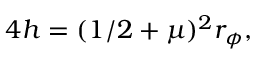
4 h = ( 1 / 2 + \mu ) ^ { 2 } r _ { \phi } ,